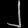
Digit: ၂